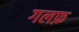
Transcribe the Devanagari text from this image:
गलफ़